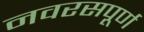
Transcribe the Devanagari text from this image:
नवरसपूर्ण